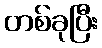
တစ်ခုပြီး